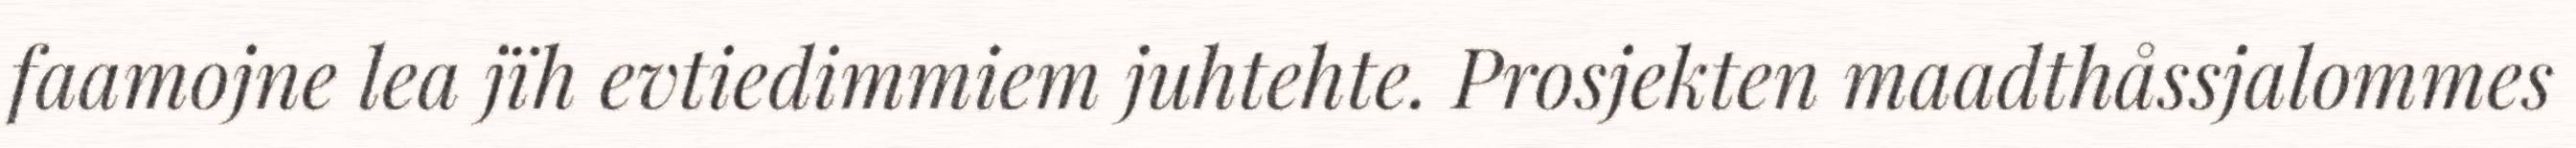
faamojne lea jïh evtiedimmiem juhtehte. Prosjekten maadthåssjalommes